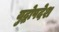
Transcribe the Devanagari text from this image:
युद्धोपदेश